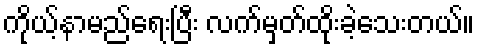
ကိုယ့်နာမည်ရေးပြီး လက်မှတ်ထိုးခဲ့သေးတယ်။